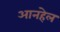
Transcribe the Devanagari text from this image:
आनहेल